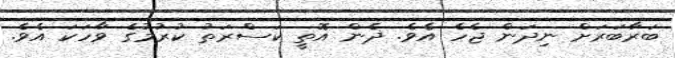
ބަރާބަރަށް ނިދަން ޖެހެ އެވެ. ދެން އޮތީ ކަސްރަތު ކުރުމުގެ ވާހަކަ އެވެ.